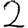
Digit: 2